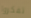
تفكروا